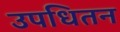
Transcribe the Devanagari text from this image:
उपधितन